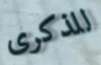
للذكرى